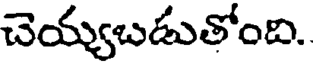
చెయ్యబడుతోంది.